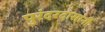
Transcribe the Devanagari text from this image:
पुरंदरदासांनी